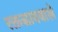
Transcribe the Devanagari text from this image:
रक्तस्राववाले